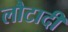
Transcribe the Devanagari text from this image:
लौटादी